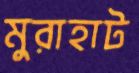
মুরাহাট